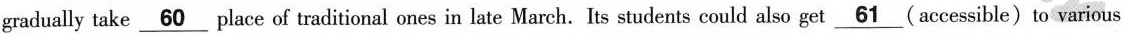
gradually take \underline{60} place of traditional ones in late March. Its students could also get \underline{60} (accessible) to various